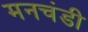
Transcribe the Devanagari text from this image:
मनचंडी